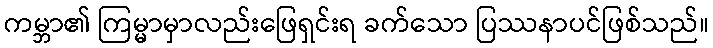
ကမ္ဘာ၏ ကြမ္မာမှာလည်းဖြေရှင်းရ ခက်သော ပြဿနာပင်ဖြစ်သည်။